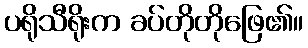
ပရိုသီရိုးက ခပ်တိုတိုဖြေ၏။